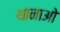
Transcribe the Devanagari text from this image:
थानाओ